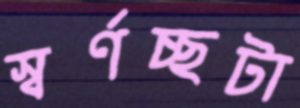
স্বর্ণচ্ছটা